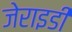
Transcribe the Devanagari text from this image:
जेराइडी